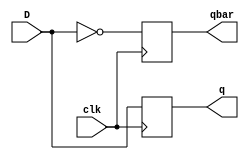
`timescale 10ns / 10ns

module Dff_posedge(D, clk, q, qbar);
    input D, clk;
    output reg q, qbar;

    initial
    begin
        q = 0;
        qbar = 1;
    end

    always @(posedge clk)
	begin
        q = D;
        qbar = ~D;
    end
endmodule

module Dff_tb;
    reg  d, clk;
    wire q, qbar;

    Dff_posedge uut(.D(d), .clk(clk), .q(q), .qbar(qbar));

    initial
    begin
        $dumpfile("Dff_posedge.vcd");
        $dumpvars(0, Dff_tb);
        d = 1'b1;
        #10;

        d = 1'b0;
        #10;

        d = 1'b0;
        #10;

        d = 1'b1;
        #20;
        $finish;
    end

    initial
    begin
        clk = 1'b0;
        repeat(50)
            begin
                clk = ~clk;
                #10;
            end
    end

    initial
    begin
        $monitor("D = %b, clk = %b, q = %b", d, clk, q);
    end
endmodule